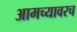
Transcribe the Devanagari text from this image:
आमच्यावरच